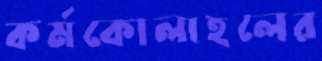
কর্মকোলাহলের